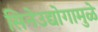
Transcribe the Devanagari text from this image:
सिनेउद्योगामुळे